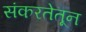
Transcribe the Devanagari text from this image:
संकरतेतून